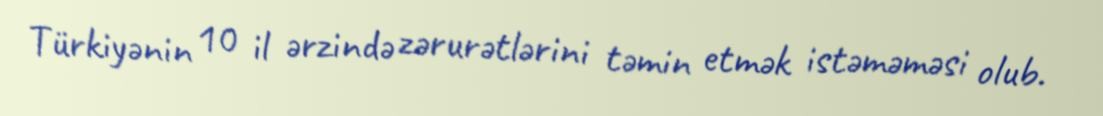
Türkiyənin 10 il ərzində zərurətlərini təmin etmək istəməməsi olub.